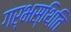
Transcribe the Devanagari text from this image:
गर्भस्थिति